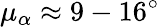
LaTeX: \mu_{\alpha}\approx 9-16^{\circ}